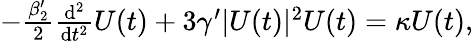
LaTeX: \begin{array}{r}{-\frac{\beta_{2}^{\prime}}{2}\frac{\mathrm{{d}}^{2}}{\mathrm{{d}}t^{2}}U(t)+3\gamma^{\prime}|U(t)|^{2}U(t)=\kappa U(t),}\end{array}